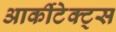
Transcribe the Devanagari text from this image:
आर्कीटेक्ट्स